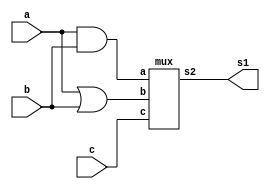
// -------------------------
// Exemplo0032 - F4
// Nome: Pedro Henrique Lima Pinheiro
// -------------------------
// -------------------------
// f4_gate
// -------------------------

module f4 (output s1,
input  a,
input  b,
input c);
// descrever por portas
wire s5;
wire s6;
and AND3 (s5, a, b);
or OR4 (s6, a, b);
mux M1 (s1, s5, s6, c);

endmodule // f4

module mux (output s2,
input a,
input b,
input c);
// descrever por portas
wire s3;
wire s4;
wire nc;
not NOT1 (nc, c);
and AND1 (s3, a, nc);
and AND2 (s4, b, c);
or OR1 (s2, s3, s4);
endmodule // f4

module test_f4;
// ------------------------- definir dados
reg [2:0] x;
wire z;
f4 modulo (z, x[0], x[1], x[2]);
// ------------------------- parte principal
initial begin
$display("Exemplo0032 - Pedro Henrique Lima Pinheiro - 451605");
$display("Test LU's module");
x = 0;
// projetar testes do modulo
#1 $monitor("entradas : %3b %3b | Selecao: %3b | Saida: %3b",x[1],x[0],x[2],z);
    repeat (7) begin
	 #1 x = x+1;
	 end
end
endmodule // test_f4